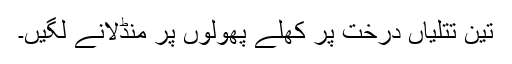
تین تتلیاں درخت پر کھلے پھولوں پر منڈلانے لگیں۔